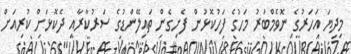
މިދިޔަ އަހަރުގެ ނޮވެމްބަރު މަހުގެ ފަހުކޮޅުން ފެށިގެން ތައިލޭންޑުގެ ސަރުކާރާއި ދެކޮޅަށް ކުރިއަށް